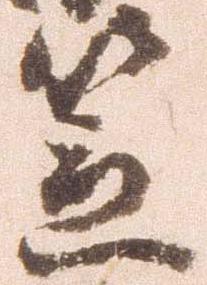
笠